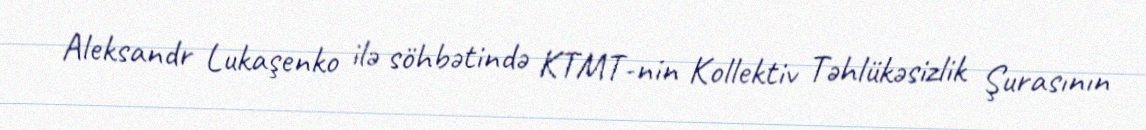
Aleksandr Lukaşenko ilə söhbətində KTMT-nin Kollektiv Təhlükəsizlik Şurasının